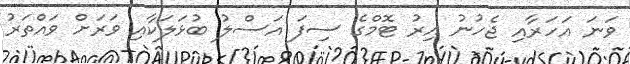
ވަނަ އަހަރާއި ޖެހުނު އިރު ޓޮމްގެ ސިފަ އަސްލު ބުޅަލަކާއި ވަރަށް ވައްތަރު